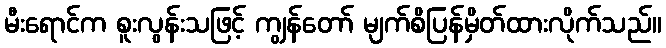
မီးရောင်က စူးလွန်းသဖြင့် ကျွန်တော် မျက်စိပြန်မှိတ်ထားလိုက်သည်။